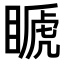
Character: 𥉘